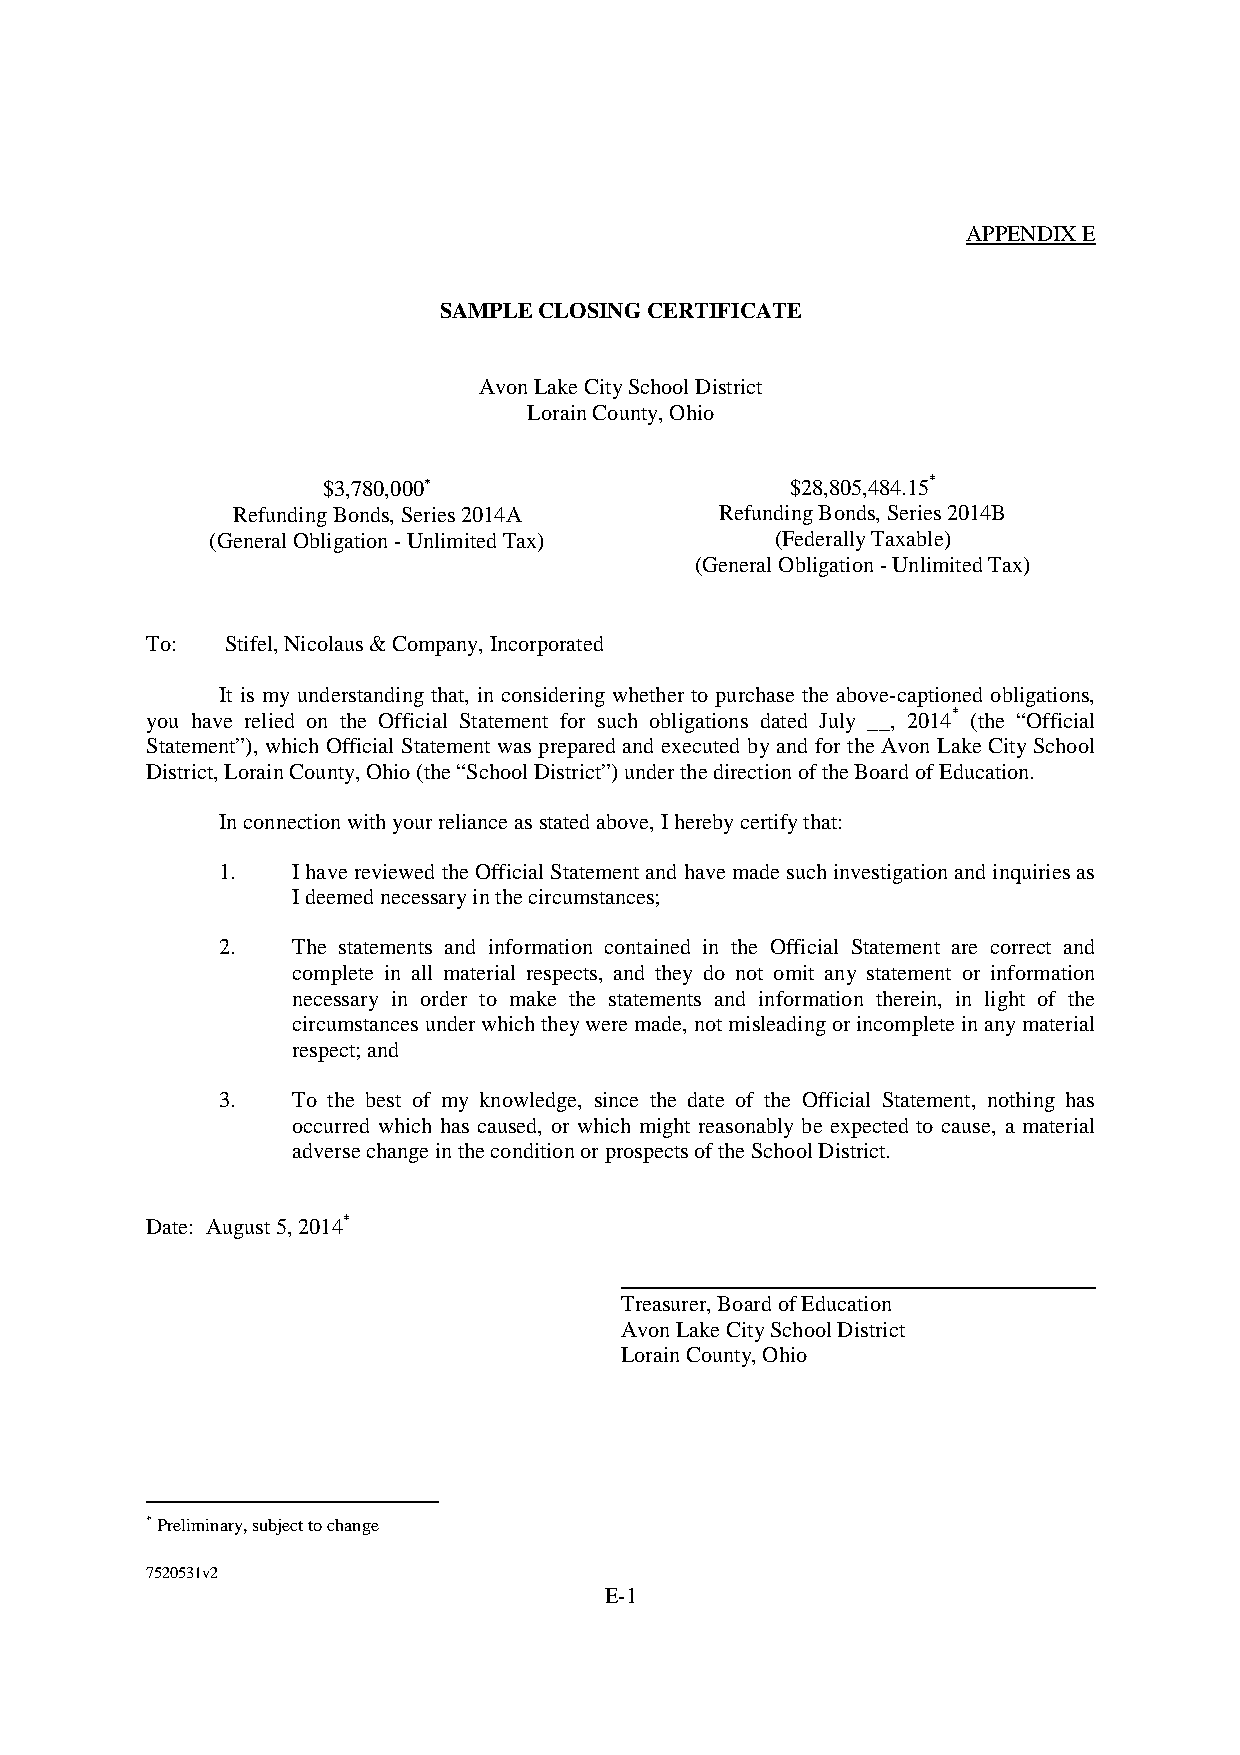
APPENDIXE
 SAMPLECLOSINGCERTIFICATE
 AvonLakeCitySchoolDistrict
 LorainCounty,Ohio
 $3,780,000                    $28,805,484.15*
 RefundingBonds,Series2014A       RefundingBonds,Series2014B
 (GeneralObligation-UnlimitedTax)     (FederallyTaxable)
 (GeneralObligation-UnlimitedTax)
 To:  Stifel,Nicolaus&Company,Incorporated
 It is my understanding that, in considering whether to purchase the above-captioned obligations,
 you have relied on the Official Statement for such obligations dated July __, 2014* (the “Official
 Statement”), which Official Statement was prepared and executed byand for the Avon Lake CitySchool
 District,LorainCounty,Ohio(the“SchoolDistrict”)underthedirectionoftheBoardofEducation.
 Inconnectionwithyourrelianceasstatedabove,Iherebycertifythat:
 1.   IhavereviewedtheOfficial Statementandhavemadesuchinvestigationandinquiriesas
 Ideemednecessaryinthecircumstances;
 2.   The statements and information contained in the Official Statement are correct and
 complete in all material respects, and they do not omit any statement or information
 necessary in order to make the statements and information therein, in light of the
 circumstancesunderwhichtheyweremade,notmisleadingorincompleteinanymaterial
 respect;and
 3.   To the best of my knowledge, since the date of the Official Statement, nothing has
 occurred which has caused, or which might reasonably be expected to cause, a material
 adversechangeintheconditionorprospectsoftheSchoolDistrict.
 Date: August5,2014*
 Treasurer,BoardofEducation
 AvonLakeCitySchoolDistrict
 LorainCounty,Ohio
 Preliminary,subjecttochange
 7520531v2
 E-1